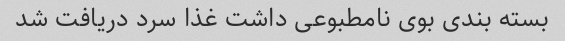
بسته بندی بوی نامطبوعی داشت غذا سرد دریافت شد